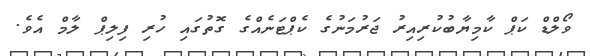
ވޯލްޑް ކަޕް ކާމިޔާބުކުރިއިރު ޖަރުމަނުގެ ކެޕްޓަނެއްގެ ގޮތުގައި ހުރި ފިލިޕް ލާމް އެވެ.